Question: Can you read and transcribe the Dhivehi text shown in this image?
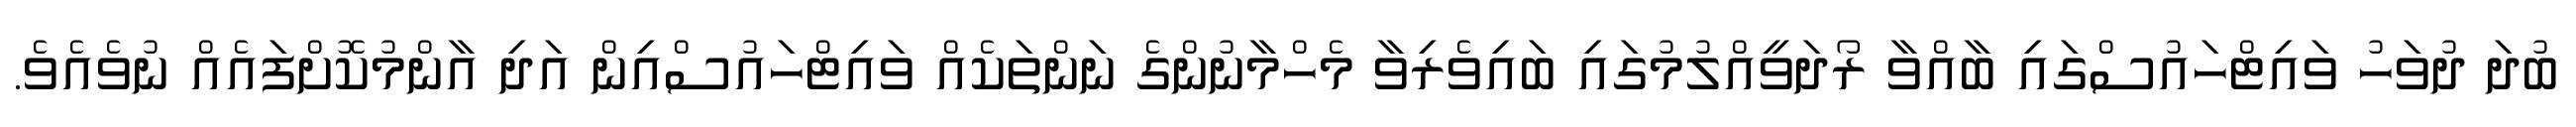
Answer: ބުދަ ދުވަހު ވައިޓްހައުސްގައި ބާއްވާ ރޯދަވީއްލުމުގައި ބައިވެރިވާ މެހްމާނުންގެ ނަންތަކެއް ވައިޓްހައުސްއިން އަދި އާންމުކޮށްފައެއް ނުވެއެވެ.